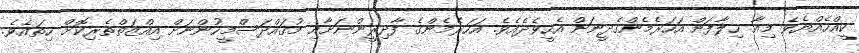
ކީއްހެއްޔެވެ މިއާ ޚިލާފަށް އަހަރެމެންގެދީނަށް އެހީވެދެއެވެ. އަހަރެމެންގެ ފާދިރީންނަށާއި މުޤައްދަސްމީހުންނަށް އިއްޒަތްތެރިކޮށް ހިތައެވެ.